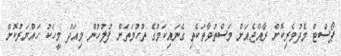
ޕޯސްޓް މެދުވެރިކޮށް ރާއްޖެއަށް މަސްތުވާތަކެތި ގެނައިކަމުގެ ތުހުމަތަށް ފުލުހުން މިއަދު މީހަކު ހައްޔަރުކޮށް